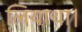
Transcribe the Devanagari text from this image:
लियाथा।